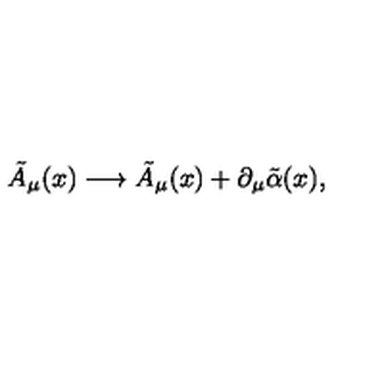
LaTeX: \tilde { A } _ { \mu } ( x ) \longrightarrow \tilde { A } _ { \mu } ( x ) + \partial _ { \mu } \tilde { \alpha } ( x ) ,